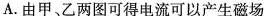
A.由甲、乙两图可得电流可以产生磁场